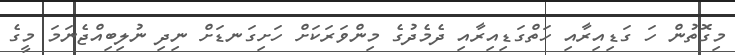
މިގޮތުން ހަ ގަޑިއިރާއި ހަތްގަޑިއިރާއި ދެމެދުގެ މިންވަރަކަށް ހަށިގަނޑަށް ނިދި ނުލިބިއްޖެނަަމަ މީގެ